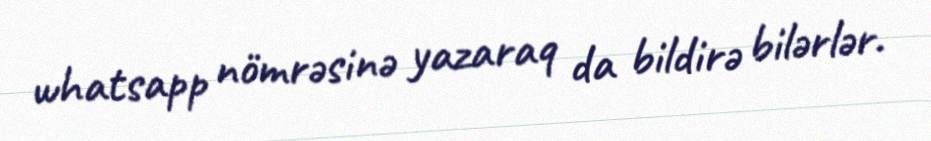
whatsapp nömrəsinə yazaraq da bildirə bilərlər.